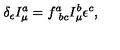
\delta _ { \epsilon } I _ { \mu } ^ { a } = f _ { \ b c } ^ { a } I _ { \mu } ^ { b } \epsilon ^ { c } ,